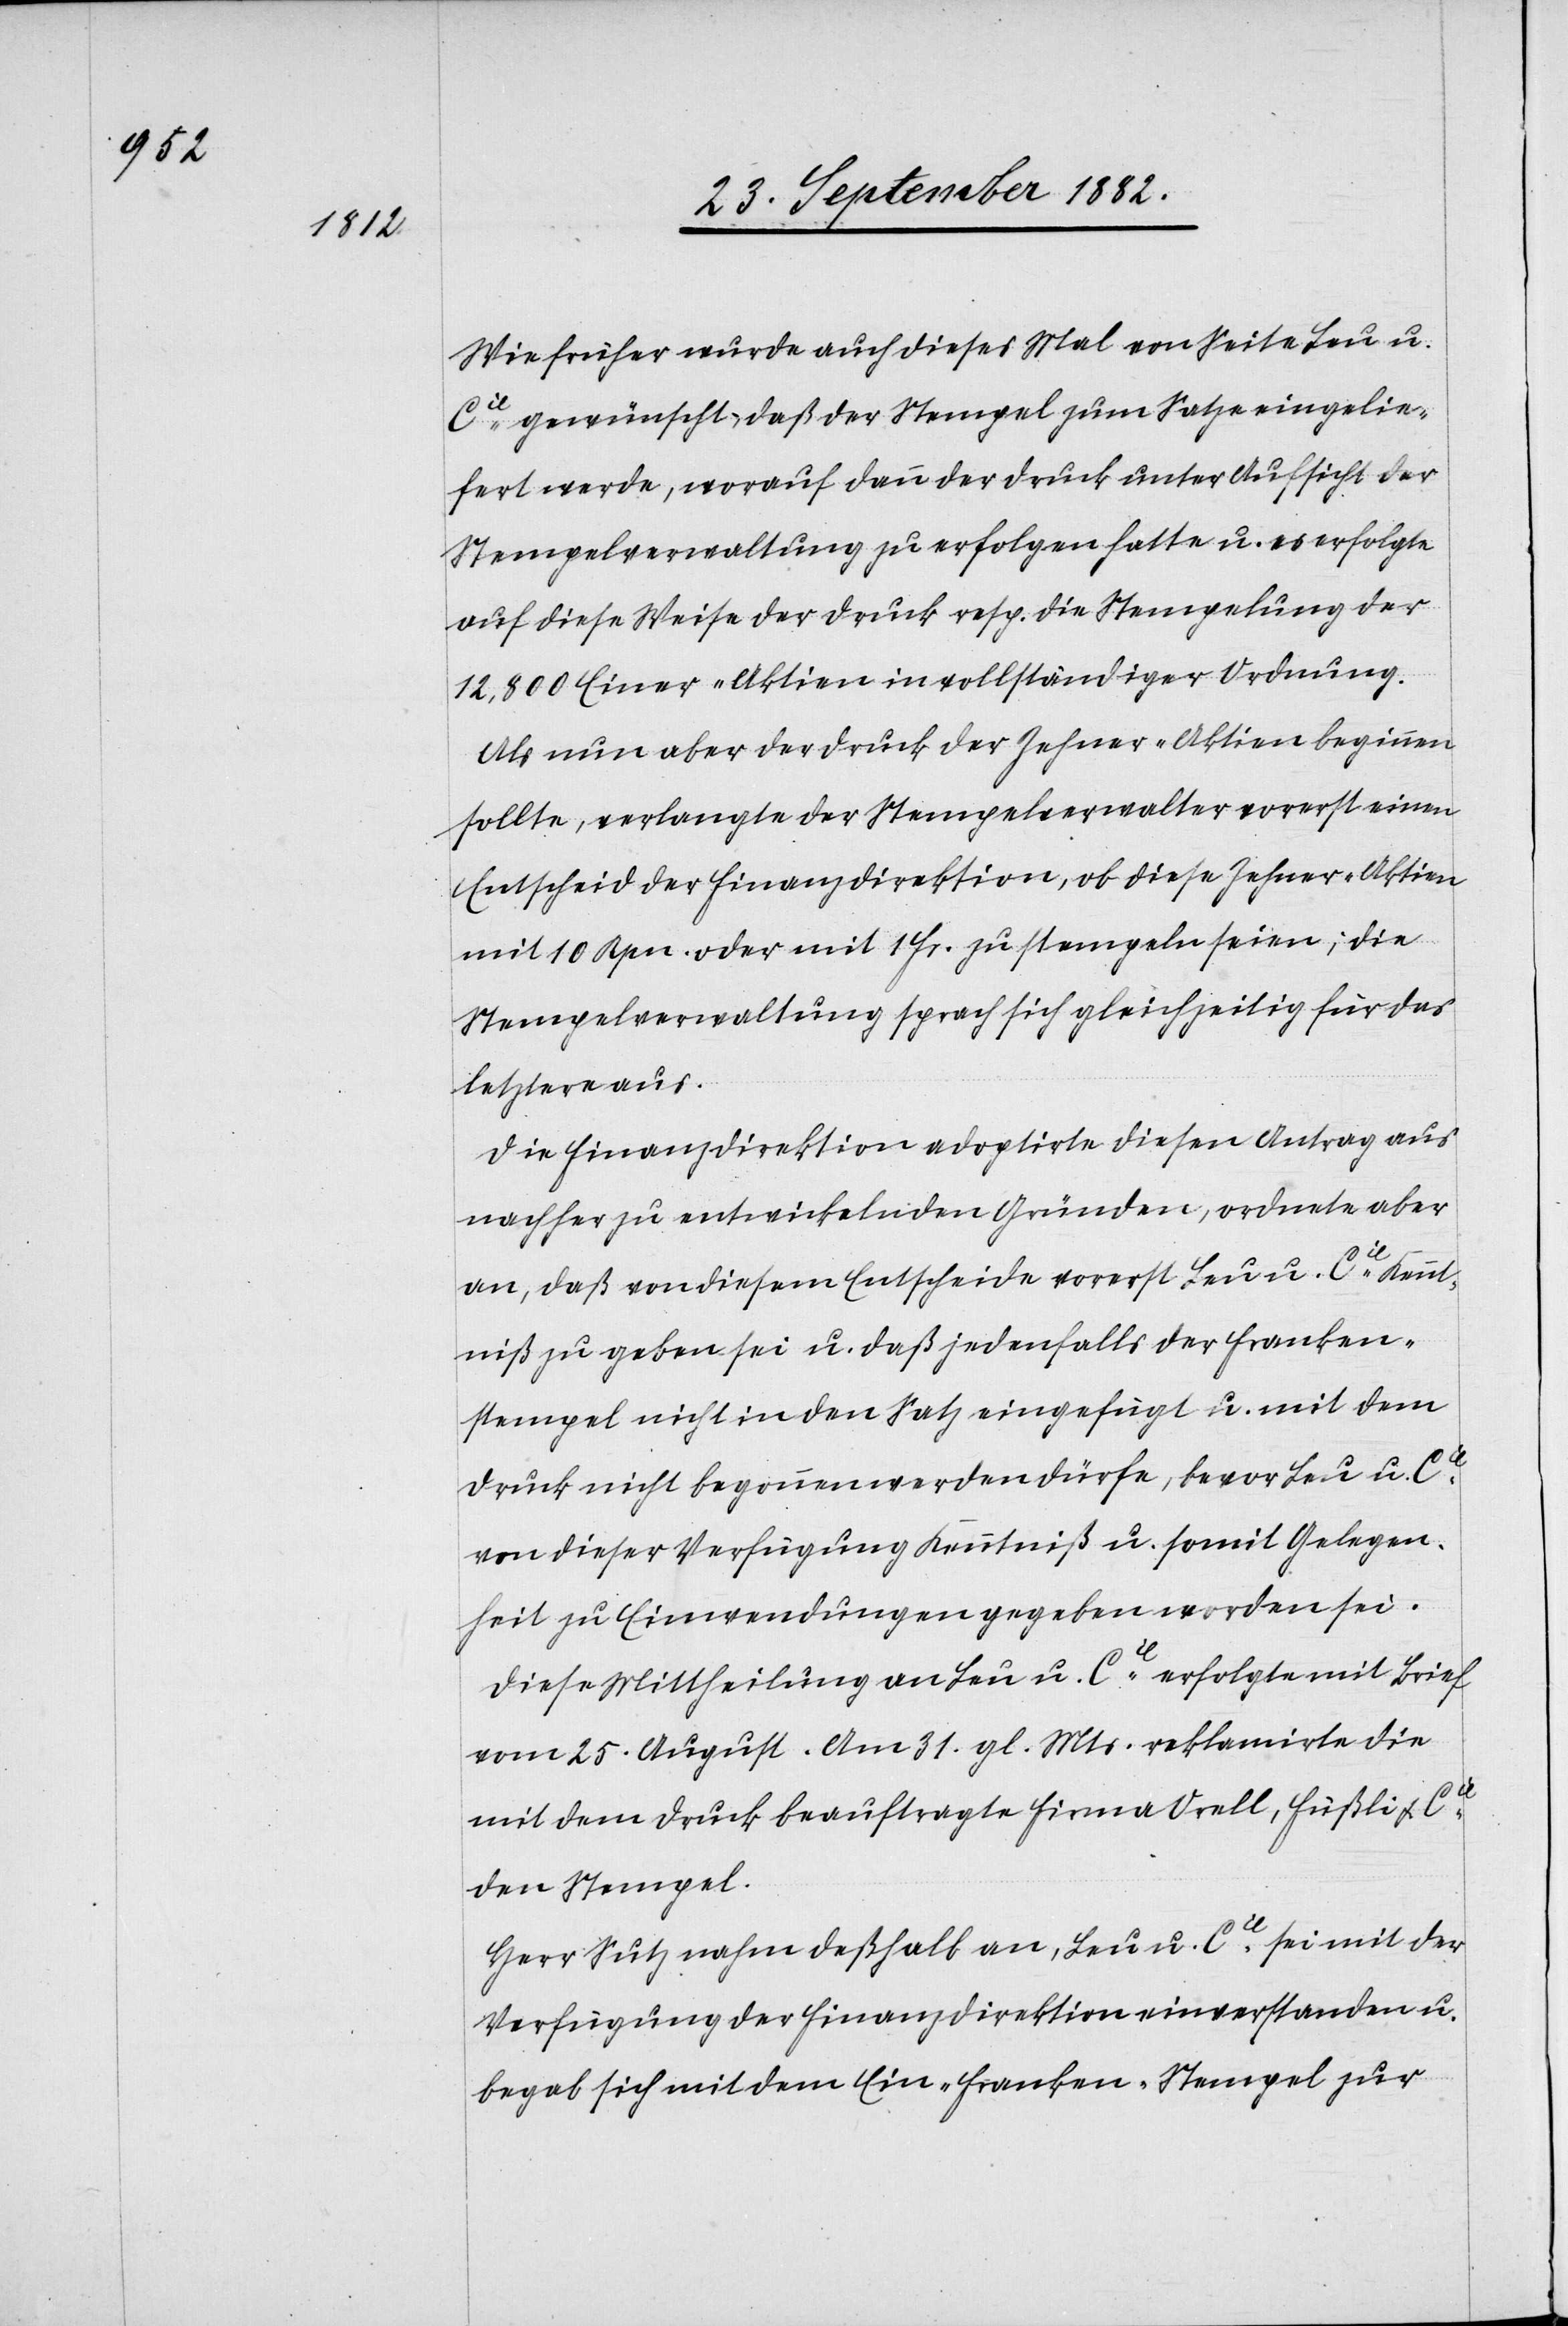
Wie früher wurde auch diese Mal von Seite Leu u.
Cie gewünscht, daß der Stempel zum Satze eingelie¬
fert werde, worauf dann der Druck unter Aufsicht der
Stempelverwaltung zu erfolgen hatte u. es erfolgte
auf diese Weise der Druck resp. die Stempelung der
12,800 Einer-Aktien in vollständiger Ordnung.
Als nun aber der Druck der Zehner-Aktien beginnen
sollte, verlangte der Stempelverwalter vorerst einen
Entscheid der Finanzdirektion, ob diese Zehner-Aktien
mit 10 Rpn. oder mit 1 Fr. zu stempeln seien; die
Stempelverwaltung sprach sich gleichzeitig für das
letztere aus.
Die Finanzdirektion adoptirte diesen Antrag aus
nachher zu entwickelnden Gründen, ordnete aber
an, daß von diesem Entscheide vorerst Leu u. Cie Kennt¬
niß zu geben sei u. daß jedenfalls der Franken¬
stempel nicht in den Satz eingefügt u. mit dem
Druck nicht begonnen werden dürfe, bevor Leu u. Cie
von dieser Verfügung Kenntniß u. somit Gelegen¬
heit zu Einwendungen gegeben worden sei.
Diese Mittheilung an Leu u. Cie erfolgte mit Brief
vom 25. August. Am 31. gl. Mts. reklamirte die
mit dem Druck beauftragte Firma Orell, Füßli & Cie
dem Stempel.
Herr Sutz nahm deßhalb an, Leu u. Cie sei mit der
Verfügung der Finanzdirektion einverstanden u.
begab sich mit dem Ein-Franken-Stempel zur